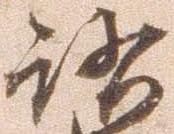
路